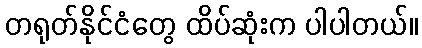
တရုတ်နိုင်ငံတွေ ထိပ်ဆုံးက ပါပါတယ်။